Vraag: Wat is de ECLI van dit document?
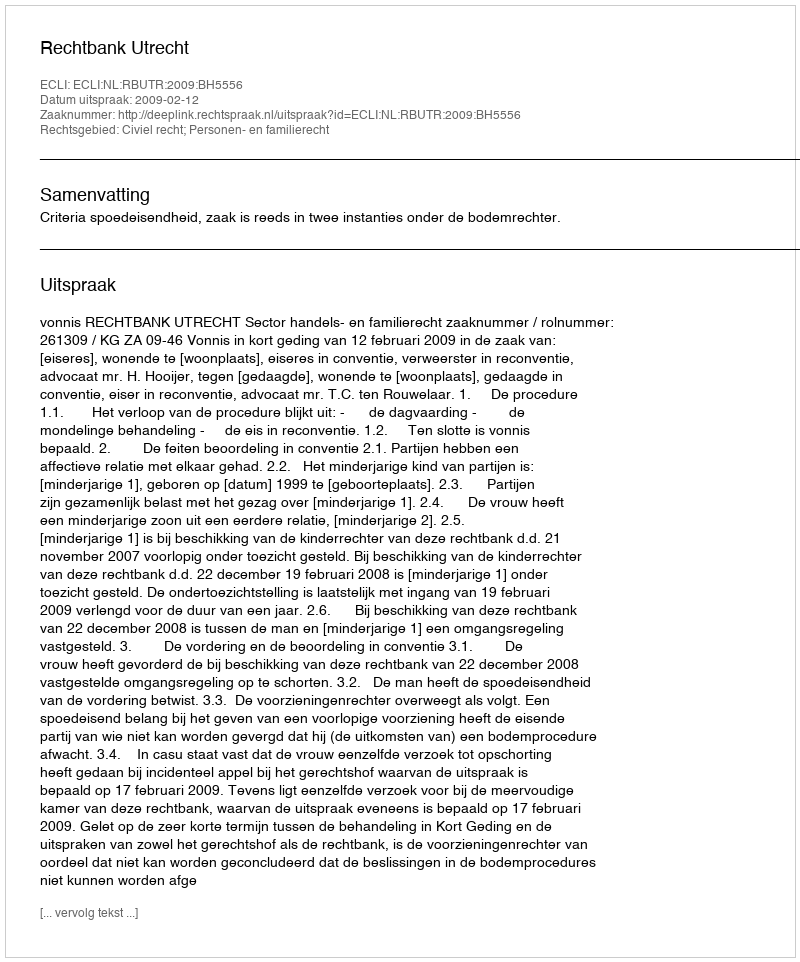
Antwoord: ECLI:NL:RBUTR:2009:BH5556